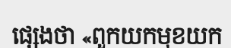
ផ្សេងថា «ពួកយកមុខយក